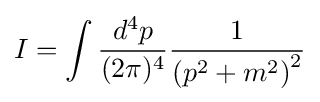
I=\int {\frac {d^{4}p}{(2\pi )^{4}}}{\frac {1}{\left(p^{2}+m^{2}\right)^{2}}}